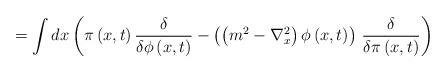
LaTeX: \begin{align*}=\int dx\left( \pi\left( x,t\right) \frac{\delta}{\delta\phi\left(x,t\right) }-\left( \left( m^{2}-\nabla_{x}^{2}\right) \phi\left(x,t\right) \right) \,\frac{\delta}{\delta\pi\left( x,t\right) }\right)\end{align*}